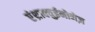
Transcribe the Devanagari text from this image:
एंथ्राक्युईनोनेज़